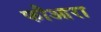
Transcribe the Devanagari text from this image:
फौआरा